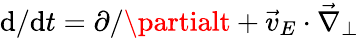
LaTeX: \mathrm{d}/\mathrm{d}t=\partial/\partialt+\vec{{v}}_{E}\cdot\vec{{\nabla}}_{\perp}